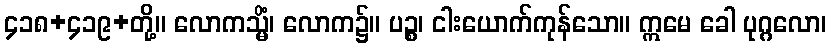
၄၁၈+၄၁၉+တို့။ လောကသ္မိံ၊ လောက၌။ ပဉ္စ၊ ငါးယောက်ကုန်သော။ ဣမေ ခေါ ပုဂ္ဂလော၊